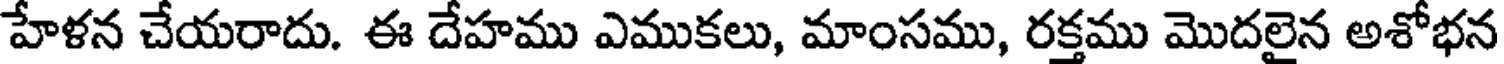
హేళన చేయరాదు. ఈ దేహము ఎముకలు, మాంసము, రక్తము మొదలైన అశోభన